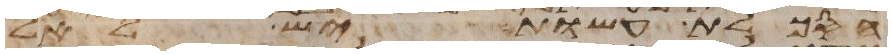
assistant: הסכלת עשות יש לאל